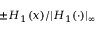
\pm H _ { 1 } ( x ) / | H _ { 1 } ( \cdot ) | _ { \infty }